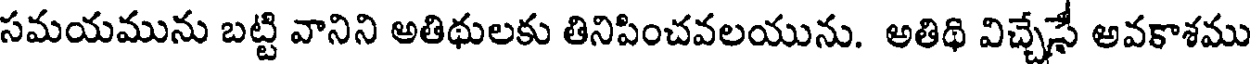
సమయమును బట్టి వానిని అతిథులకు తినిపించవలయును. అతిథి విచ్చేసే అవకాశము